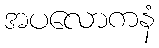
အပလောကနံ